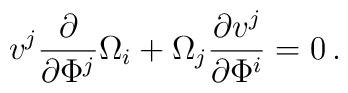
v^j \frac{\partial}{\partial \Phi^j} \Omega_{i}+ \Omega_{j}\frac{\partial v^j}{\partial \Phi^i}=0\,.